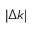
| \Delta k |